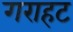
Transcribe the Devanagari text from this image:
गराहट